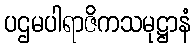
ပဌမပါရာဇိကသမုဋ္ဌာနံ